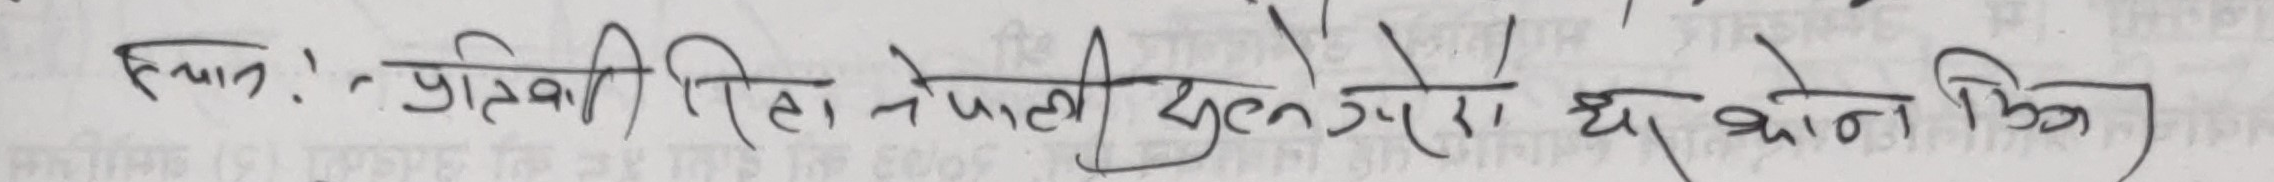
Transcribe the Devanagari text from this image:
स्थान! प्रतिवादिले नेपाली मुलुकको धानाखोन किन्)